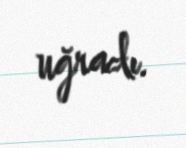
uğradı.